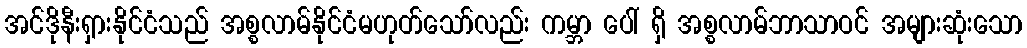
အင်ဒိုနီးရှားနိုင်ငံသည် အစ္စလာမ်နိုင်ငံမဟုတ်သော်လည်း ကမ္ဘာ ပေါ် ရှိ အစ္စလာမ်ဘာသာဝင် အများဆုံးသော